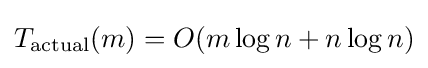
T_{\mathrm {actual} }(m)=O(m\log n+n\log n)